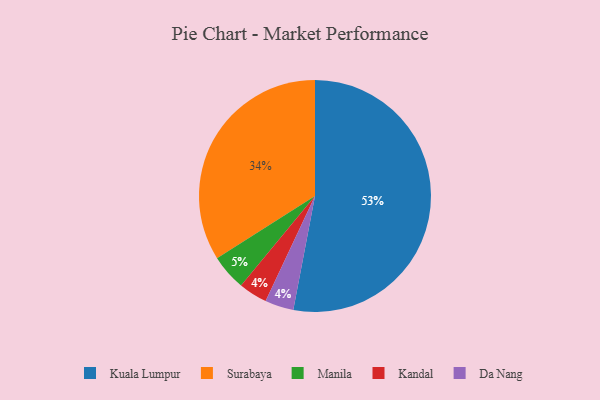
{"axis": {"x": "Category", "y": "Percentage"}, "legend": ["Da Nang", "Kandal", "Kuala Lumpur", "Manila", "Surabaya"], "data": [{"x": "Kandal", "y": 4, "type": "Kandal"}, {"x": "Da Nang", "y": 4, "type": "Da Nang"}, {"x": "Surabaya", "y": 34, "type": "Surabaya"}, {"x": "Kuala Lumpur", "y": 53, "type": "Kuala Lumpur"}, {"x": "Manila", "y": 5, "type": "Manila"}]}